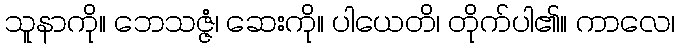
သူနာကို။ ဘေသဇ္ဇံ၊ ဆေးကို။ ပါယေတိ၊ တိုက်ပါ၏။ ကာလေ၊